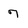
Character: 7